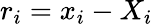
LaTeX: r_{i}=x_{i}-X_{i}